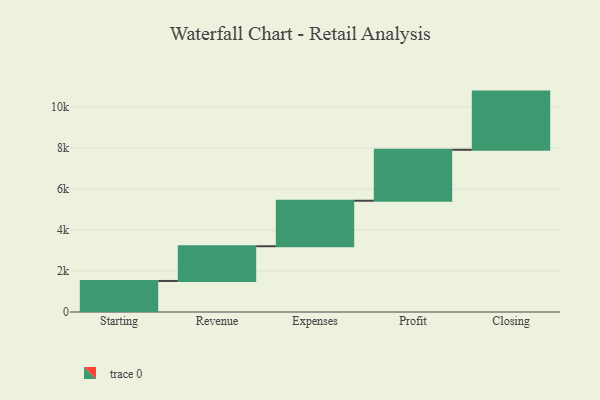
{"axis": {"x": "Step", "y": "Value"}, "legend": [""], "data": [{"x": "Starting", "y": 1514.0, "type": ""}, {"x": "Revenue", "y": 1693.0, "type": ""}, {"x": "Expenses", "y": 2219.0, "type": ""}, {"x": "Profit", "y": 2485.0, "type": ""}, {"x": "Closing", "y": 2838.0, "type": ""}]}